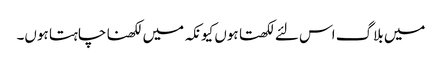
میں بلاگ اس لئے لکھتا ہوں کیونکہ میں لکھنا چاہتا ہوں۔